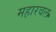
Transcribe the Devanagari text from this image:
महारवल